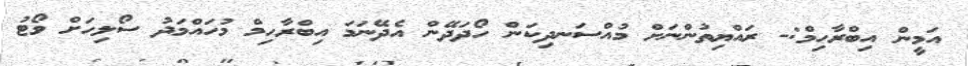
އަމީން އިބްރާހިމް:- ރައްޔިތުންނަށް މުއްސަނދިކަން ހޯދަދޭން އެދޭނަމަ އިބްރާހިމް މުހައްމަދު ސޯލިހަށް ވޯޓު